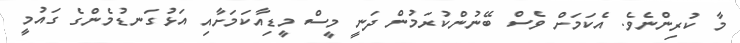
މާ ކުރިންނެވެ. އެކަމަށް ވެސް ބޭނުންކުރަމުން ދަނީ މީސް މީޑިއާކަމަށާއި އަޅުގަނޑުމެންގެ ގައުމީ